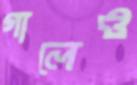
গালেও